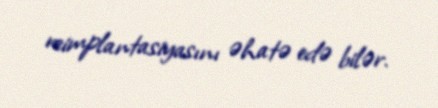
reimplantasiyasını əhatə edə bilər.